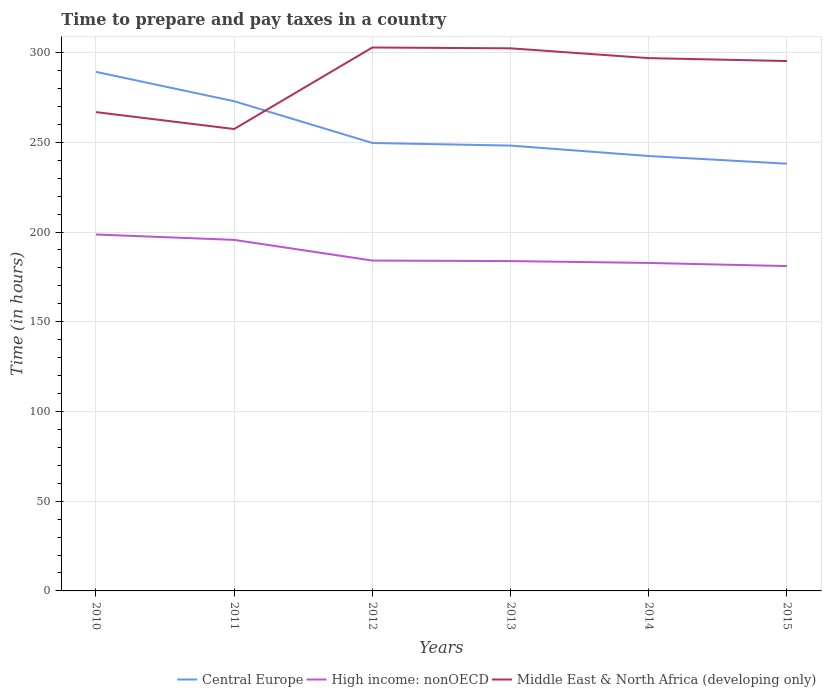
| Years | Central Europe | High income: nonOECD | Middle East & North Africa (developing only) |
 | --- | --- | --- | --- |
 | 2010 | 289 | 199 | 267 |
 | 2011 | 273 | 196 | 257 |
 | 2012 | 250 | 184 | 303 |
 | 2013 | 248 | 184 | 302 |
 | 2014 | 242 | 183 | 297 |
 | 2015 | 238 | 181 | 295 |